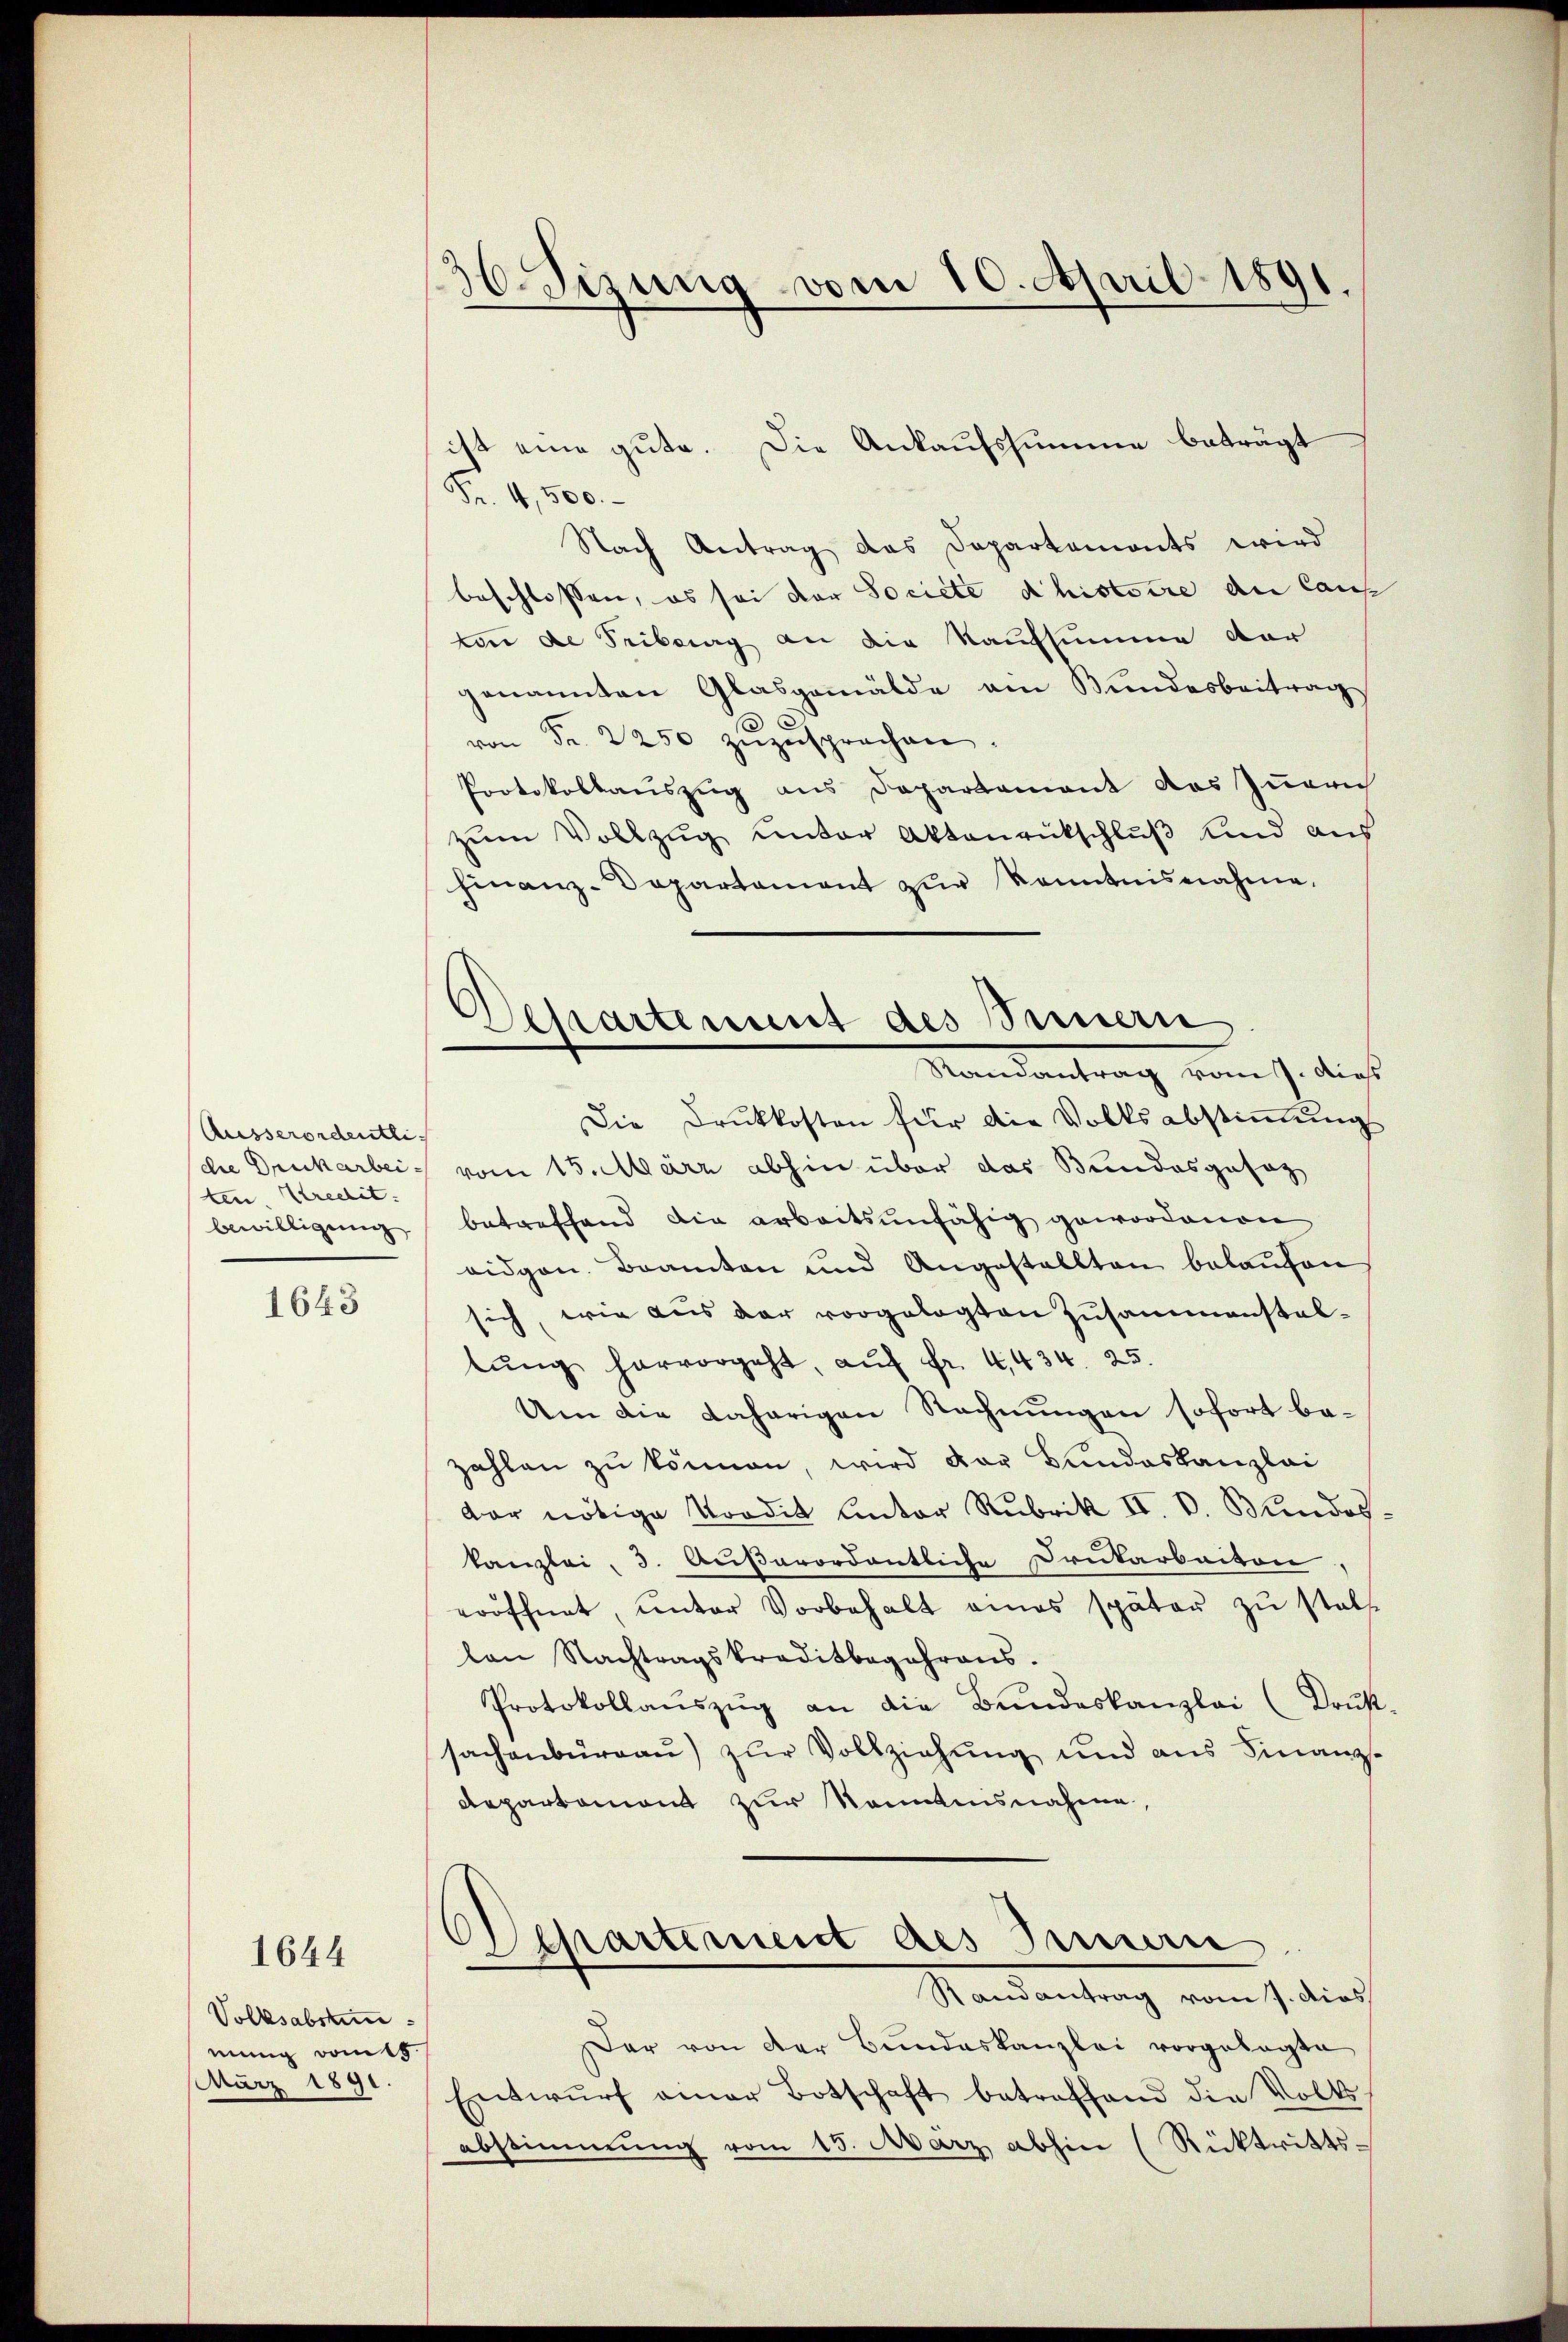
Ausserordentli
ten. Kredit.
bewilligung

1643

1644

Volksabstum
ennig vom 15.
März 1891.

36. Sizung vom 10. April 1891.

ist eine gute. Die Ankaufssumme beträgt
Fr. 4,500.
Nach Antrag das Departements wird
beschlossen, es sei der Societe histoire der Caus
von de Tribung an die Kaufsumme dar
genannten Glasgemälde am Bundesbeitrag
von Fr. 2250 zŭzŭsprochen.
Protokollauszug aus Departement das Zugrich
zum Vollzug unter Aktenrückschluß und aus
Finanz-Dapartament zur Kenntnisnahme.
Die Druckkosten für die Volksabstimmung
dhe Druckarbei vom 15. März abhin über das Bundesgesag
betreffend die arbeitsunfähig gewordenen
eidgen. Beamten und Angestellten belaufen
sich, wie aus der vorgelegten Zusammenstaltŭng hervorgeht, aŭf Fr. 4434. 25.
Um die daherigen Rechnungen sofort be-
zahlen zu können, wird der Bundeskanzlei
dar nötige Tordit unter Rubrik II. d. Mndos.
kanzlei, 3. Außerordentliche Drukarbeiten,
eröffnet, unter Vorbehalt eines später zu stell
lon Nachtragskreditbegehrens.
Protokollaŭszŭg an die Bundeskanzlei (Drus
sachenburgau) zur Vollziehung und aus Finanz¬
Repartement zur Kenntnisnahme,
Departement des Innern
Randantrag vom 7. dies
Der von der Bundeskanzlei vorgelegte
Entwŭrf einer Botschaft betreffend die Volks-
abstimmung vom 15. März abhin (Ricktritts-

Separtement des Innern
Randantrag vom 7. dies